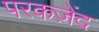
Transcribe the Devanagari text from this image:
परकज़ेंद